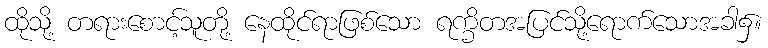
ထိုသို့ တရားစောင့်သူတို့ နေထိုင်ရာဖြစ်သော ရက္ခိတအပြင်သို့ရောက်သောအခါ၌။